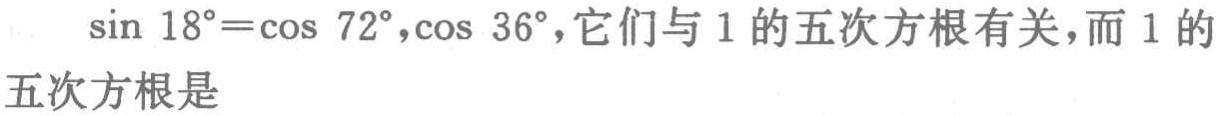
$\sin 18^{\circ}=\cos 72^{\circ},\cos 36^{\circ},它们与1的五次方根有关，而1的\\五次方根是$